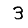
Digit: 3